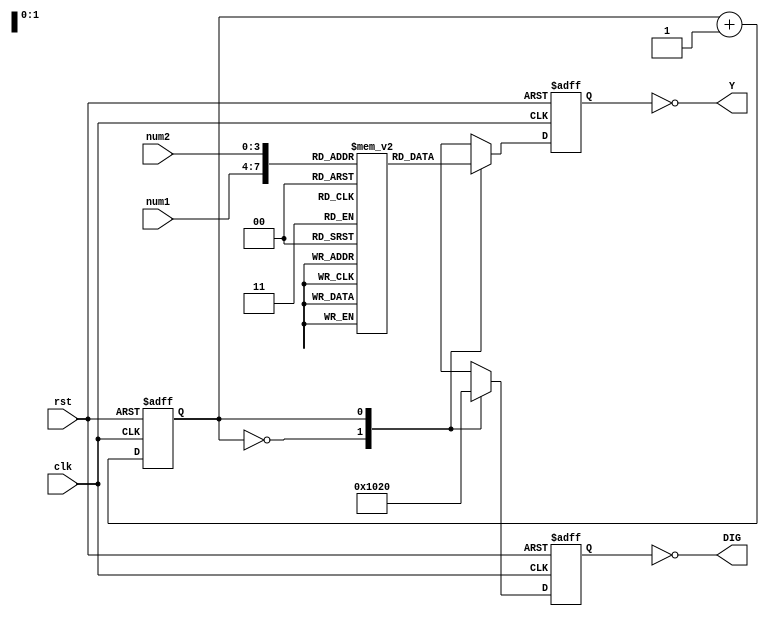
// ********************************************************************
// >>>>>>>>>>>>>>>>>>>>>>>>> COPYRIGHT NOTICE <<<<<<<<<<<<<<<<<<<<<<<<<
// ********************************************************************
// Module name  : segement
// Author       : 
// Description  : MAX II 
// 
// --------------------------------------------------------------------
// Code Revision History : 
// --------------------------------------------------------------------
// Version: |Mod. Date:
// V1.0     |2019/12/01
// --------------------------------------------------------------------
// Module Function: 

module segment(clk, rst, num1, num2, DIG, Y);

	input clk, rst;				// 1kHz
	input [3:0] num1, num2;		// 
	output [7:0] DIG;				// 
	output [7:0] Y;				// 
										// point, g, f, e, d, c, b, a
	reg cnt;							// 
	reg [7:0] seg[9:0];			// 
	reg [7:0] DIG_r, Y_r;		// 
	
	// 
	initial
	begin
		cnt <= 'b000;			// 
		seg[0] <= 8'hc0;		//  0
		seg[1] <= 8'hf9;		//  1
		seg[2] <= 8'ha4;		//  2
		seg[3] <= 8'hb0;		//  3
		seg[4] <= 8'h99;		//  4
		seg[5] <= 8'h92;		//  5
		seg[6] <= 8'h82;		//  6
		seg[7] <= 8'hf8;		//  7
		seg[8] <= 8'h80;		//  8
		seg[9] <= 8'h90;		//  9
	end
	
	assign DIG = ~DIG_r;		// 
	assign Y = ~Y_r;			// 
	
	// 
	always@(posedge clk or negedge rst)
	if(!rst)
		cnt <= 'b000;
	else
		cnt <= cnt + 'd1;
	
	//  
	always@(posedge clk or negedge rst)
	if(!rst)
		DIG_r <= 8'h00;
	else
		case(cnt)
			'b0: DIG_r <= 8'h10;
			'b1: DIG_r <= 8'h20;
			default: DIG_r <= 8'h00;
		endcase
	
	//  
	always@(posedge clk or negedge rst)
	if(!rst)
		Y_r <= 8'h00;
	else
		case(cnt)
			'b0: Y_r <= seg[num1];
			'b1: Y_r <= seg[num2];
		endcase

endmodule